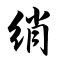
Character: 绡